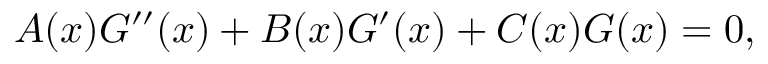
A ( x ) G ^ { \prime \prime } ( x ) + B ( x ) G ^ { \prime } ( x ) + C ( x ) G ( x ) = 0 ,